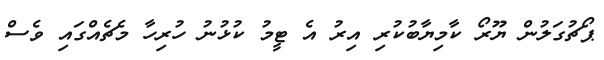
ޕޯޗުގަލުން ޔޫރޯ ކާމިޔާބުކުރި އިރު އެ ޓީމު ކުޅުނު ހުރިހާ މެޗެއްގައި ވެސް